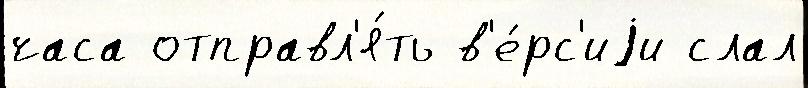
часа отправл'я́ть в'е́рс'иjи слал